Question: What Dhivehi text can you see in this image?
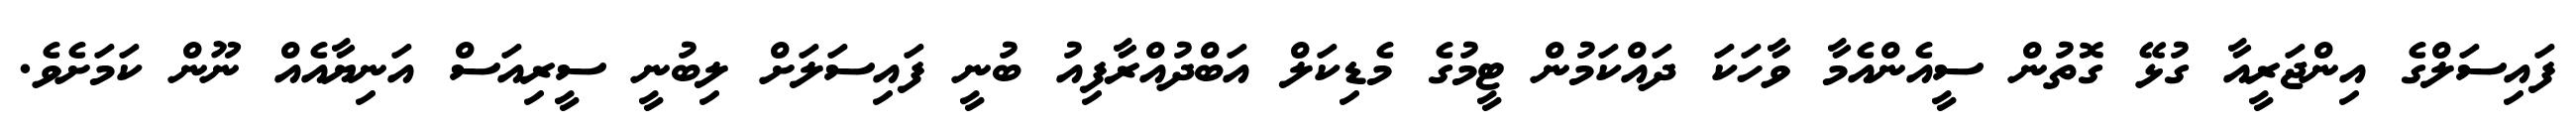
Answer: ފައިސަލްގެ އިންޖަރީއާ ގުޅޭ ގޮތުން ސީއެންއެމާ ވާހަކަ ދައްކަމުން ޓީމުގެ މެޑިކަލް އަބްދުއްރާފިއު ބުނީ ފައިސަލަށް ލިބުނީ ސީރިއަސް އަނިޔާއެއް ނޫން ކަމަށެވެ.